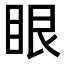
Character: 眼